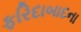
ફરિદાબાદના